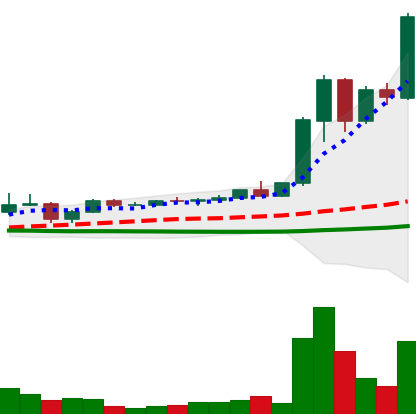
Ticker: XRP-USD
Chart end date: 2021-04-10
Forward return: 28.496%
Label: up_7plus